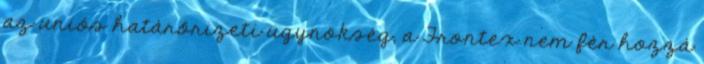
az uniós határőrizeti ügynökség, a Frontex nem fér hozzá